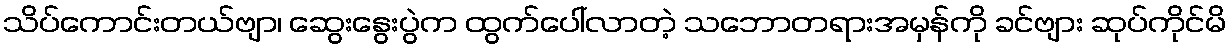
သိပ်ကောင်းတယ်ဗျာ၊ ဆွေးနွေးပွဲက ထွက်ပေါ်လာတဲ့ သဘောတရားအမှန်ကို ခင်ဗျား ဆုပ်ကိုင်မိ